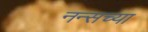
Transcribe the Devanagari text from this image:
नन्सच्या